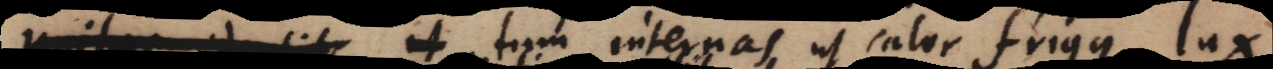
identit ut tum internas, ut calor, frigus, lux,